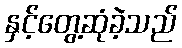
နှင့်တွေ့ဆုံခဲ့သည်